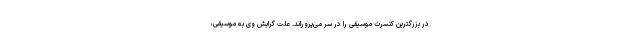
در بزرگترین کنسرت موسیقی را در سر می‌پروراند. علت گرایش وی به موسیقی،